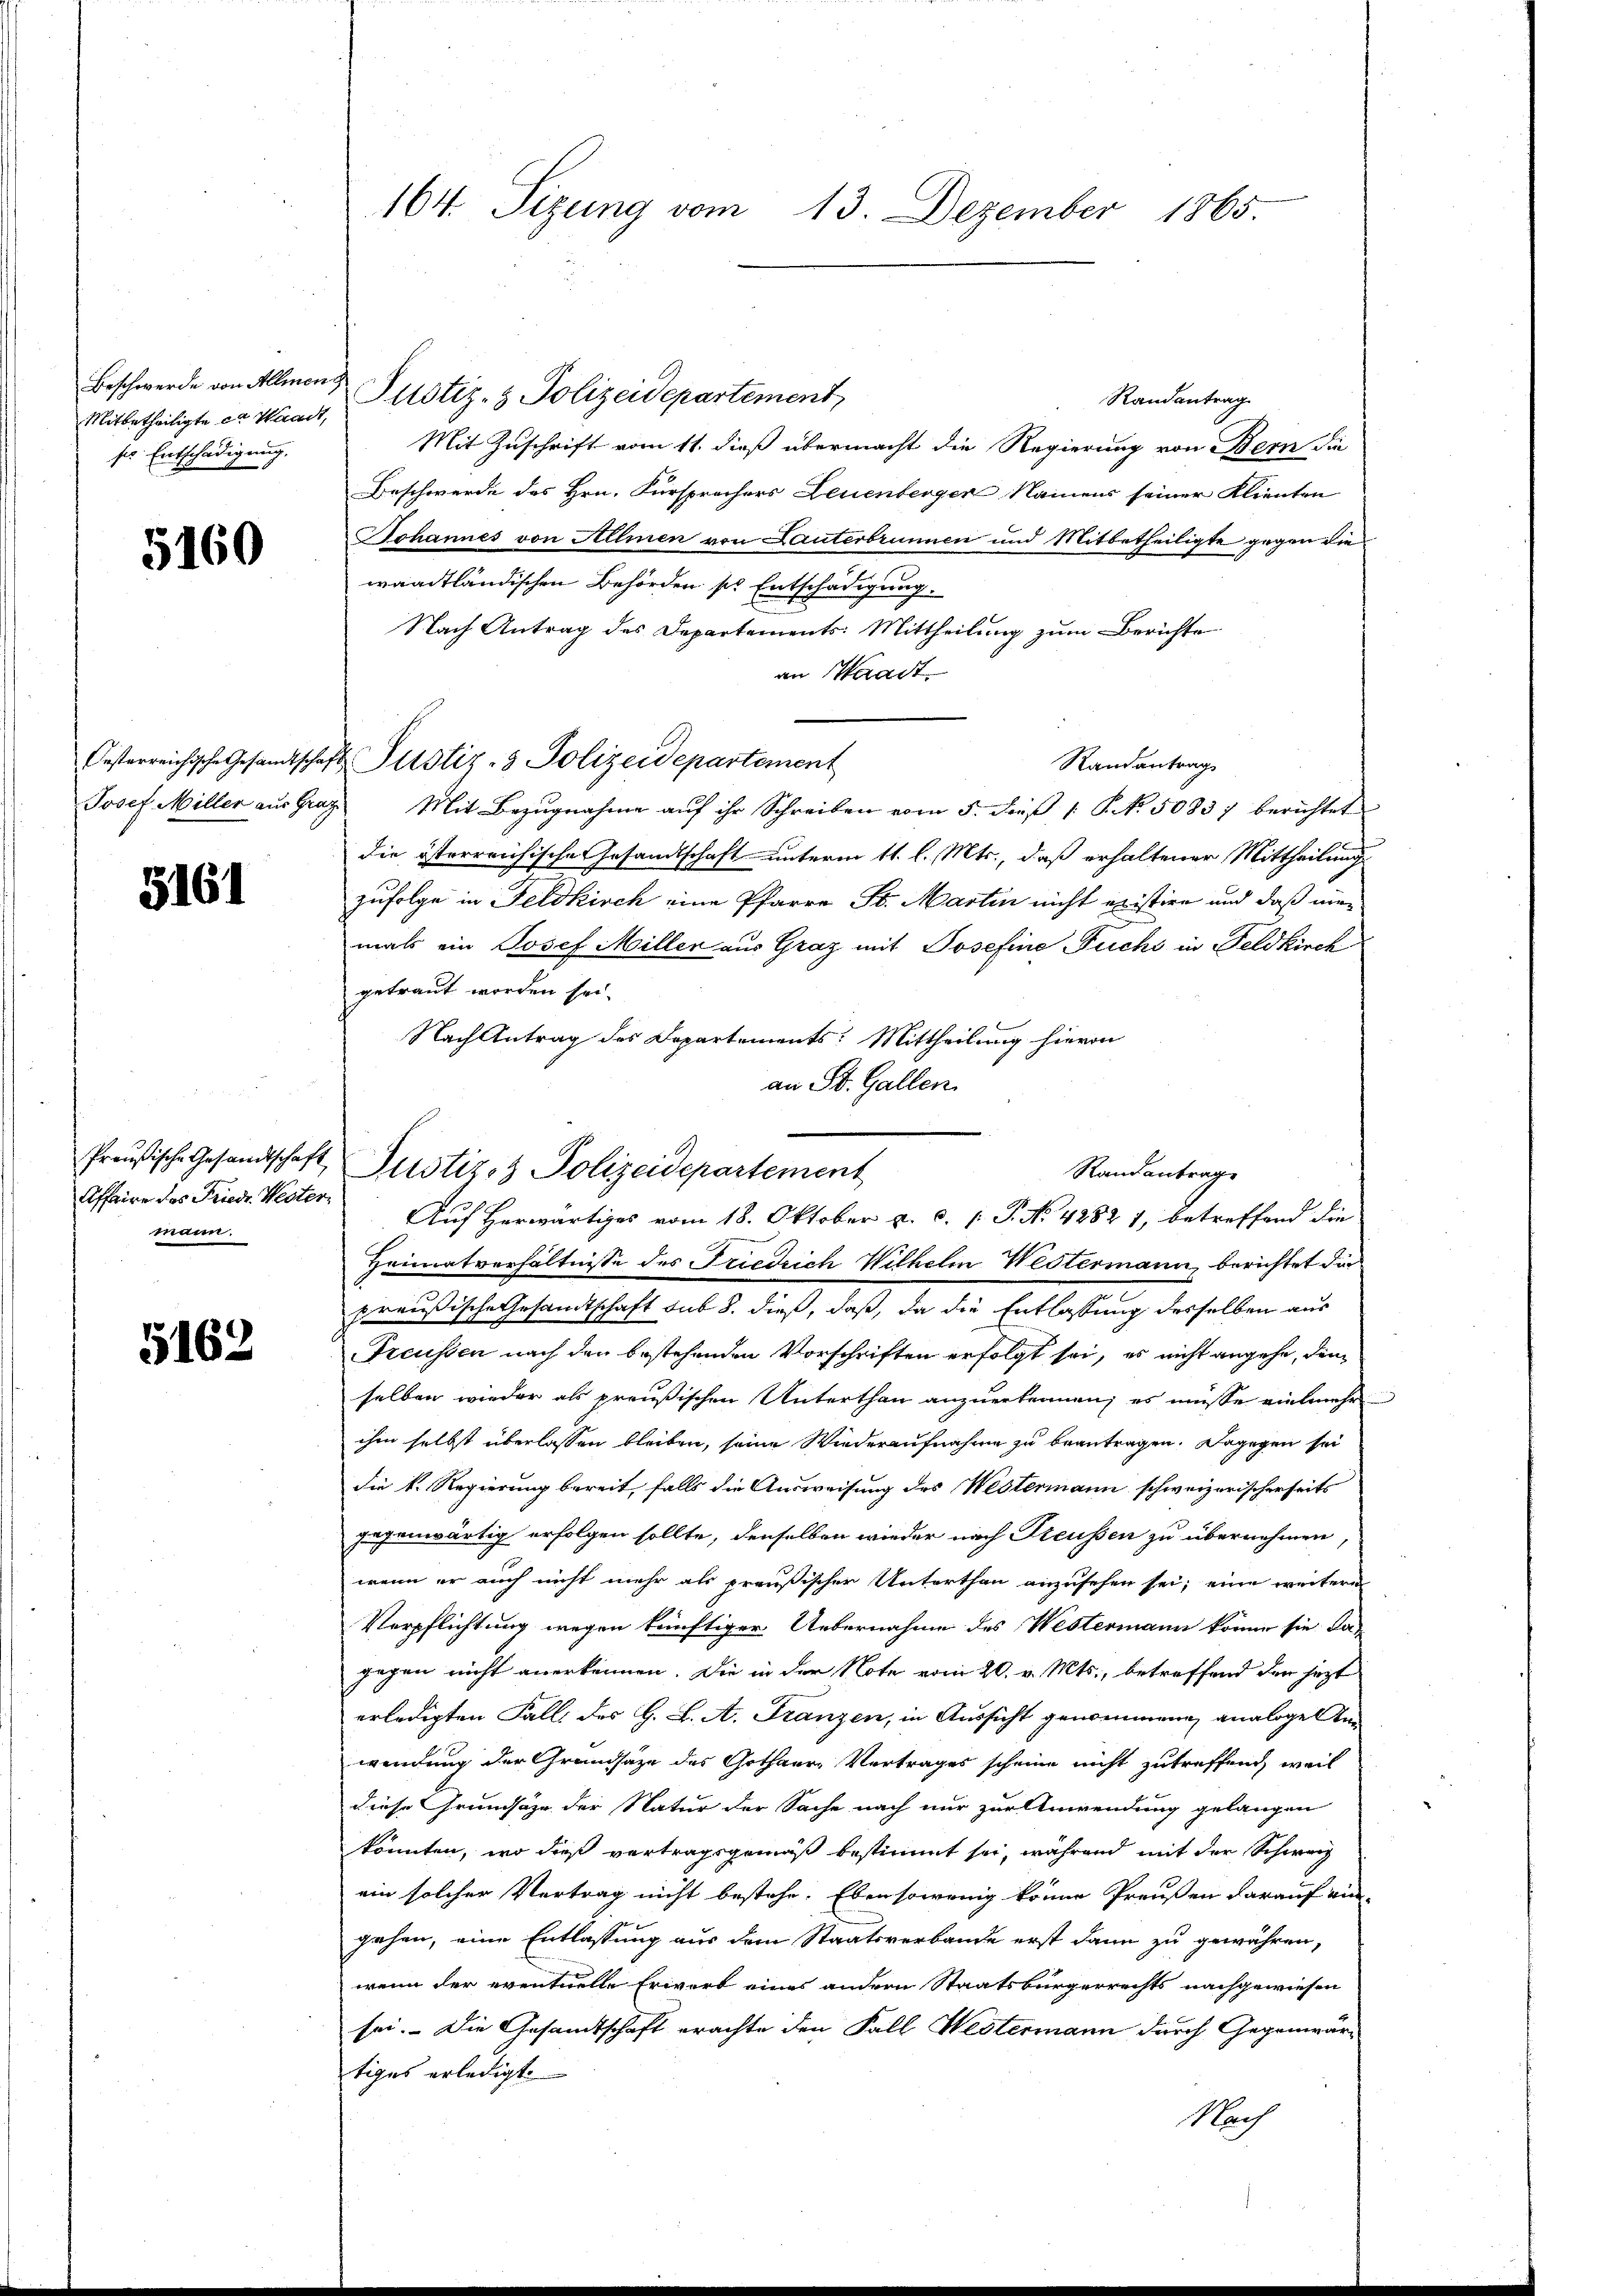
Beschwerde von Allmen
Mitbetheiligte er Waadt,
ser Entschädigung.

5160

Oesterreichische Gesandtscha
Josef Miller aus Gra

5161

Affaire das Friedr. Westermann.

5162

Heimatverhältnisse des Friedrich Wilhelm Westermann, berichtet die
preußische Gesandtschaft sub 8. dieß, daß, da die Entlassung desselben aus
Treussen nach den bestehenden Vorschriften erfolgt sei, es nicht angehe, dem
selben wieder als preußischen Unterthan anzuerkennen; es müsse ein mehr
ihm selbst überlassen bleiben, seine Wiederaufnahme zu beantragen. Dagegen sei
die k. Regierung bereit, falls die Ausweisung des Westermann schweizerischerseits
gegenwärtig erfolgen sollte, denselben wieder nach Treussen zu übernehmen
wenn er auch nicht mehr als preußischer Unterthan anzusehen sei; eine weitere
Verpflichtung wegen künftiger Uebernahme des Westermann könne sie dagegen nicht anerkennen. Die in der Note vom 20. v. Mts., betreffend der jezt
erledigten Fall des G. L. A. Franzen, in Aussicht genommene analoge An
wendung der Grundsaze des Gothaere Vertrages scheine nicht zutreffend, weil
diese Grundsätze der Natur der Sache nach nur zur Anwendung gelangen
könnten, wo dieß vertragsgemäß bestimmt sei, während mit der Schwarz
ein solcher Vertrag nicht bestehe. Ebensowenig könne Preußen darauf an
gehen, eine Entlassung aus dem Staatsverbande erst dann zu gewähren,
wenn der eventuelle Erwart eines andern Staatsbürgerrechts nachgewiesen
sei. Die Gesandtschaft erachte den Fall Westermann durch Gegenwärtiges erledigt.
Nach

164. Sizung vom 13. Dezember 1865.

& Justiz- & Polizeidepartement,
Randantrag
Mit Zuschrift vom 11. dieß übermacht die Regierung von Bern die
Beschwerde des Hrn. Fürsprachers Leuenberger Namens seiner Klienten
Johannes von Allmen von Lauterbrunnen und Mitbetheiligte gegen die
waadtländischen Behörden sie Entschädigung.
Nach Antrag des Departements-Mittheilŭng zŭm Berichte
an Waadt
2. Justiz- & Polizeidepartement
Randantrag
Mit Bezugnahme auf ihr Schreiben vom 5. dieß P. NNo. 50837 berichtet
die österreichische Gesandtschaft unterm 11. l. Mts., daß erhaltener Mittheilung
zufolge in Feldkirch eine Pfarre St. Martin nicht existire und daß min
mals ein Josef Miller aus Graz mit Josefine Fuchs in Feldkirch
getraut worden sei.
Nach Antrag des Departements: Mittheilung hievon
an St. Gallen.

Preußische Gesandtschaft, Pustiz & Polizeidepartement
Randantrage
Auf Herwärtiges vom 18. Oktober a. c. (T. No 4282 1, betreffend die